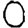
Digit: 0